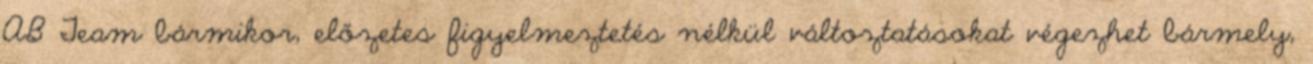
AB Team bármikor, előzetes figyelmeztetés nélkül változtatásokat végezhet bármely,